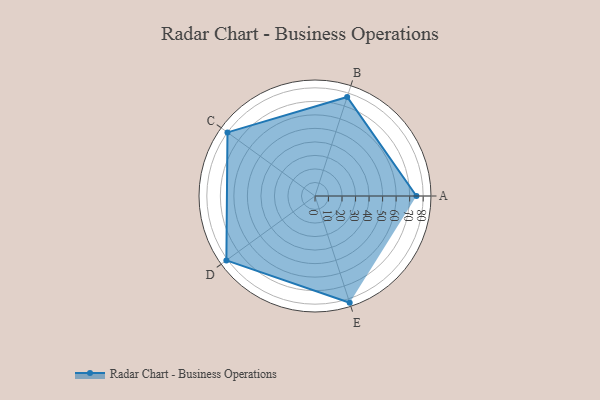
{"axis": {"x": "Skill", "y": "Score"}, "legend": ["Profile"], "data": [{"x": "A", "y": 75.0, "type": "Profile"}, {"x": "B", "y": 77.0, "type": "Profile"}, {"x": "C", "y": 80.0, "type": "Profile"}, {"x": "D", "y": 81.0, "type": "Profile"}, {"x": "E", "y": 83.0, "type": "Profile"}]}